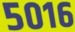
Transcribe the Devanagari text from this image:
५०१६